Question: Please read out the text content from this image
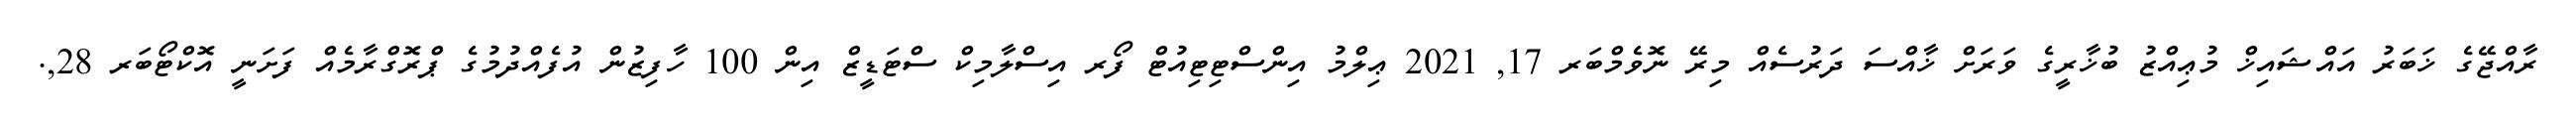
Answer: ރާއްޖޭގެ ޚަބަރު އައްޝައިޚް މުޢިއްޒު ބުޚާރީގެ ވަރަށް ޚާއްސަ ދަރުސެއް މިރޭ ނޮވެމްބަރ 17, 2021 ޢިލްމު އިންސްޓިޓިއުޓް ފޯރ އިސްލާމިކް ސްޓަޑީޒް އިން 100 ހާފިޒުން އުފެއްދުމުގެ ޕްރޮގްރާމެއް ފަށަނީ އޮކްޓޯބަރ 28,.